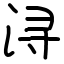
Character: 浔